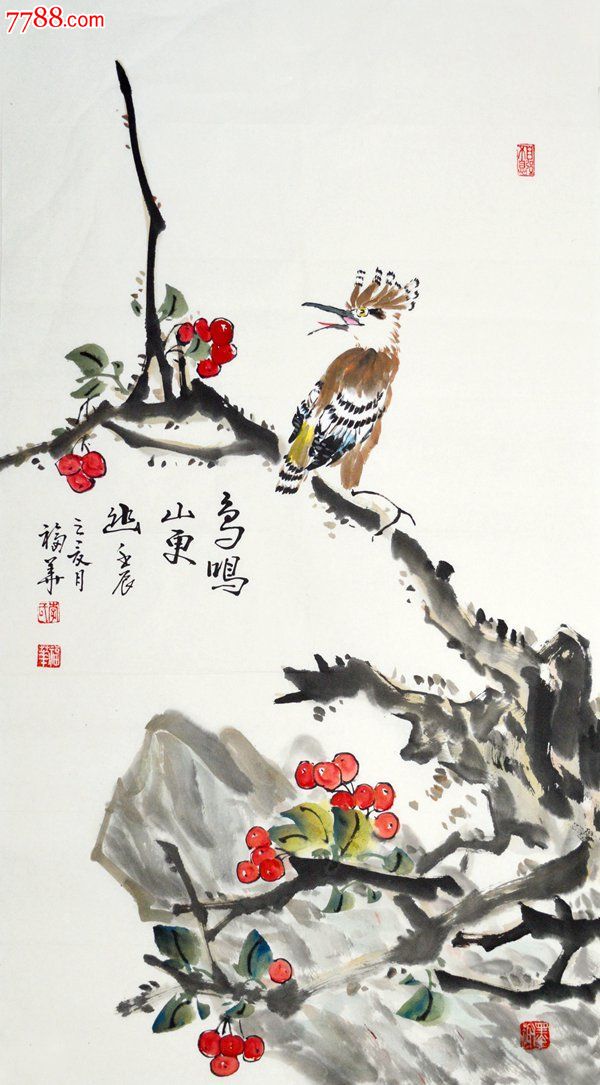
一声声，一更更。